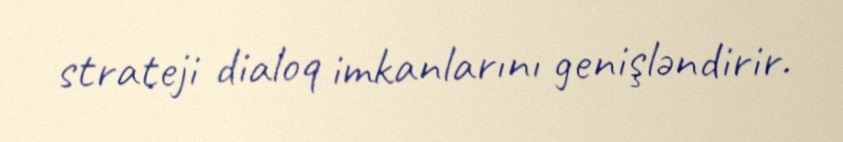
strateji dialoq imkanlarını genişləndirir.